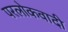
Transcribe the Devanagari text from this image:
परलोकवादी